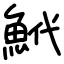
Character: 鮘